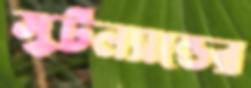
স্কটল্যাল্ডের